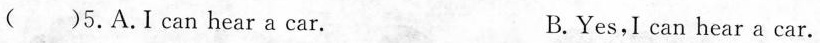
( )5.A.I can heara car. B.Yes,I can hear a car.